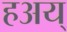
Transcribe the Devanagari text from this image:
हअय्